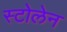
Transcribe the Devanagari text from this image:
स्टोलेन